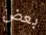
بعض